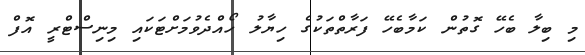
މި ބިލާ ބެހޭ ގޮތުން ކަމާބެހޭ ފަރާތްތަކުގެ ހިޔާލު ހޯއްދެވުމަށްޓަކައި މިނިސްޓްރީ އޮފް